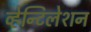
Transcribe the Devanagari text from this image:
व्हेन्टिलेशन